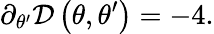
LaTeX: \partial_{\theta^{\prime}}\mathcal{D}\left(\theta,\theta^{\prime}\right)=-4.